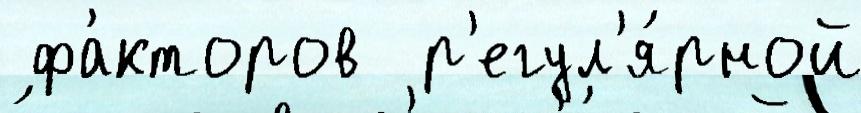
 фа́кторов  р'егул'я́рной